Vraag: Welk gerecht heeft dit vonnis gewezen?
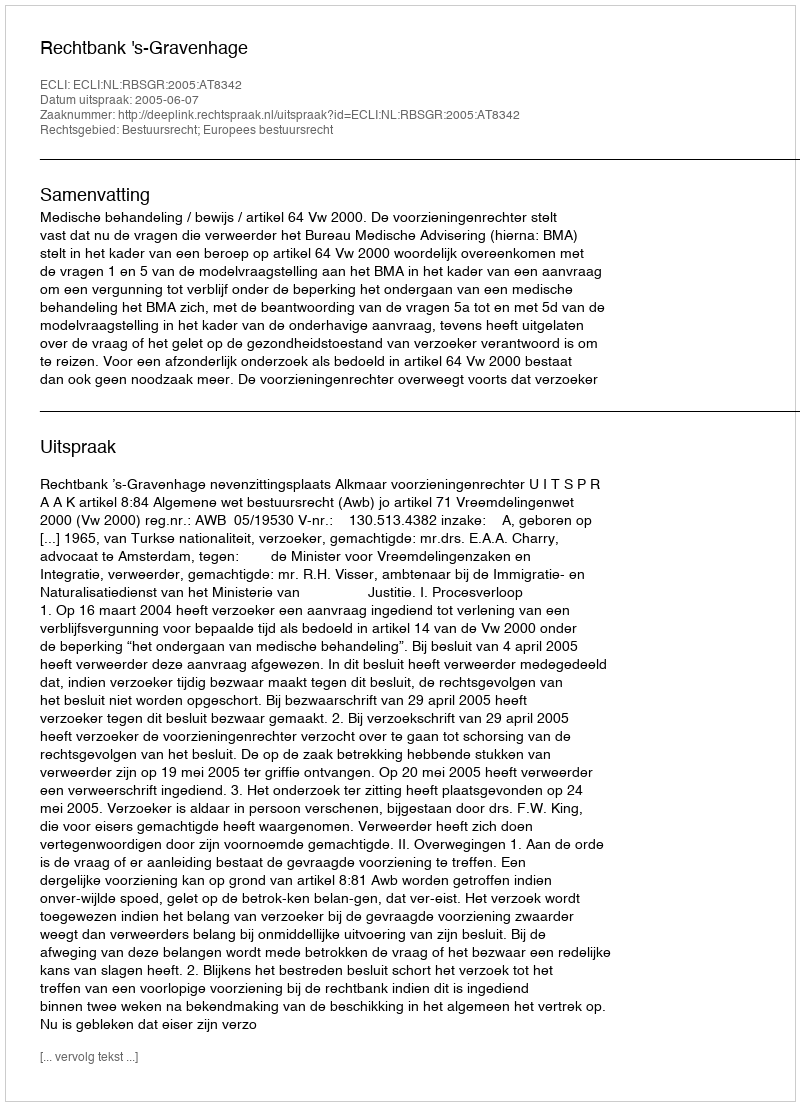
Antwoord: Rechtbank 's-Gravenhage